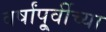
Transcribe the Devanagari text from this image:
वर्षांपू्र्वीच्या